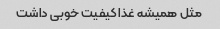
مثل همیشه غذا کیفیت خوبی داشت